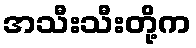
အသီးသီးတို့က